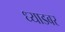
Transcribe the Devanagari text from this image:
ध्याडबर